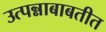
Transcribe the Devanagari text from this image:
उत्पन्नाबाबतीत